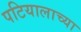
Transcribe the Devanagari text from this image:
पटियालाच्या